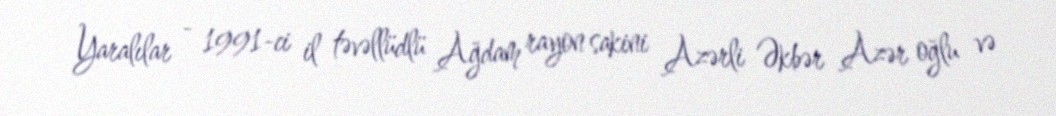
Yaralılar - 1991-ci il təvəllüdlü Ağdam rayon sakini Azərli Əkbər Azər oğlu və